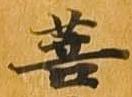
菩